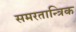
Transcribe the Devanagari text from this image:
समरतान्त्रिक